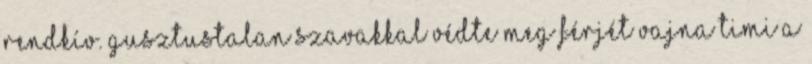
rendkív. Gusztustalan szavakkal védte meg férjét Vajna Timi a